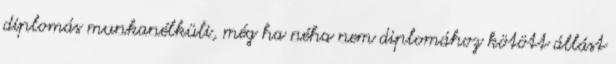
diplomás munkanélküli, még ha néha nem diplomához kötött állást